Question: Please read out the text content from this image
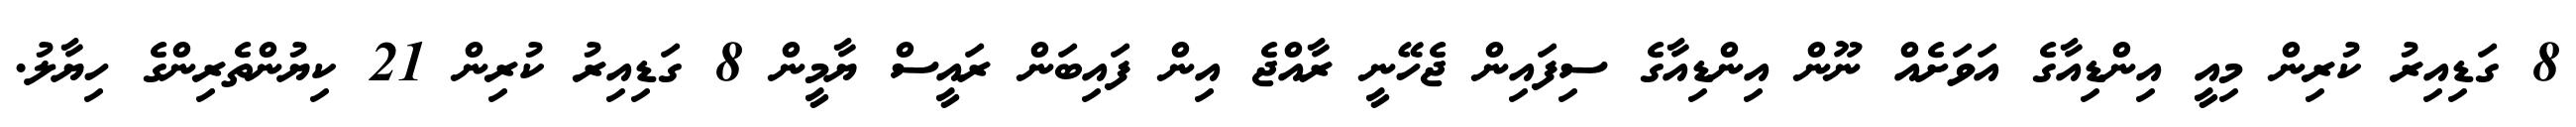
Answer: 8 ގަޑިއިރު ކުރިން މިއީ އިންޑިއާގެ އަވަށެއް ނޫން އިންޑިއާގެ ސިފައިން ޖެހޭނީ ރާއްޖެ އިން ފައިބަން ރައީސް ޔާމީން 8 ގަޑިއިރު ކުރިން 21 ކިޔުންތެރިންގެ ހިޔާލު.